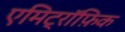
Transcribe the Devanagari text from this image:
एमिट्रॉफ़िक